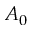
A _ { 0 }